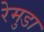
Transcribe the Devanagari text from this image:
रेमुडा